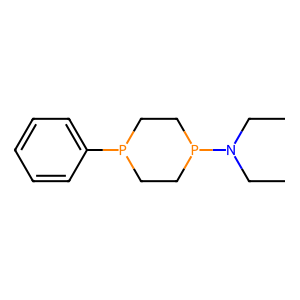
SMILES: CCN(CC)P1CCP(c2ccccc2)CC1
Inhibits HIV replication: No